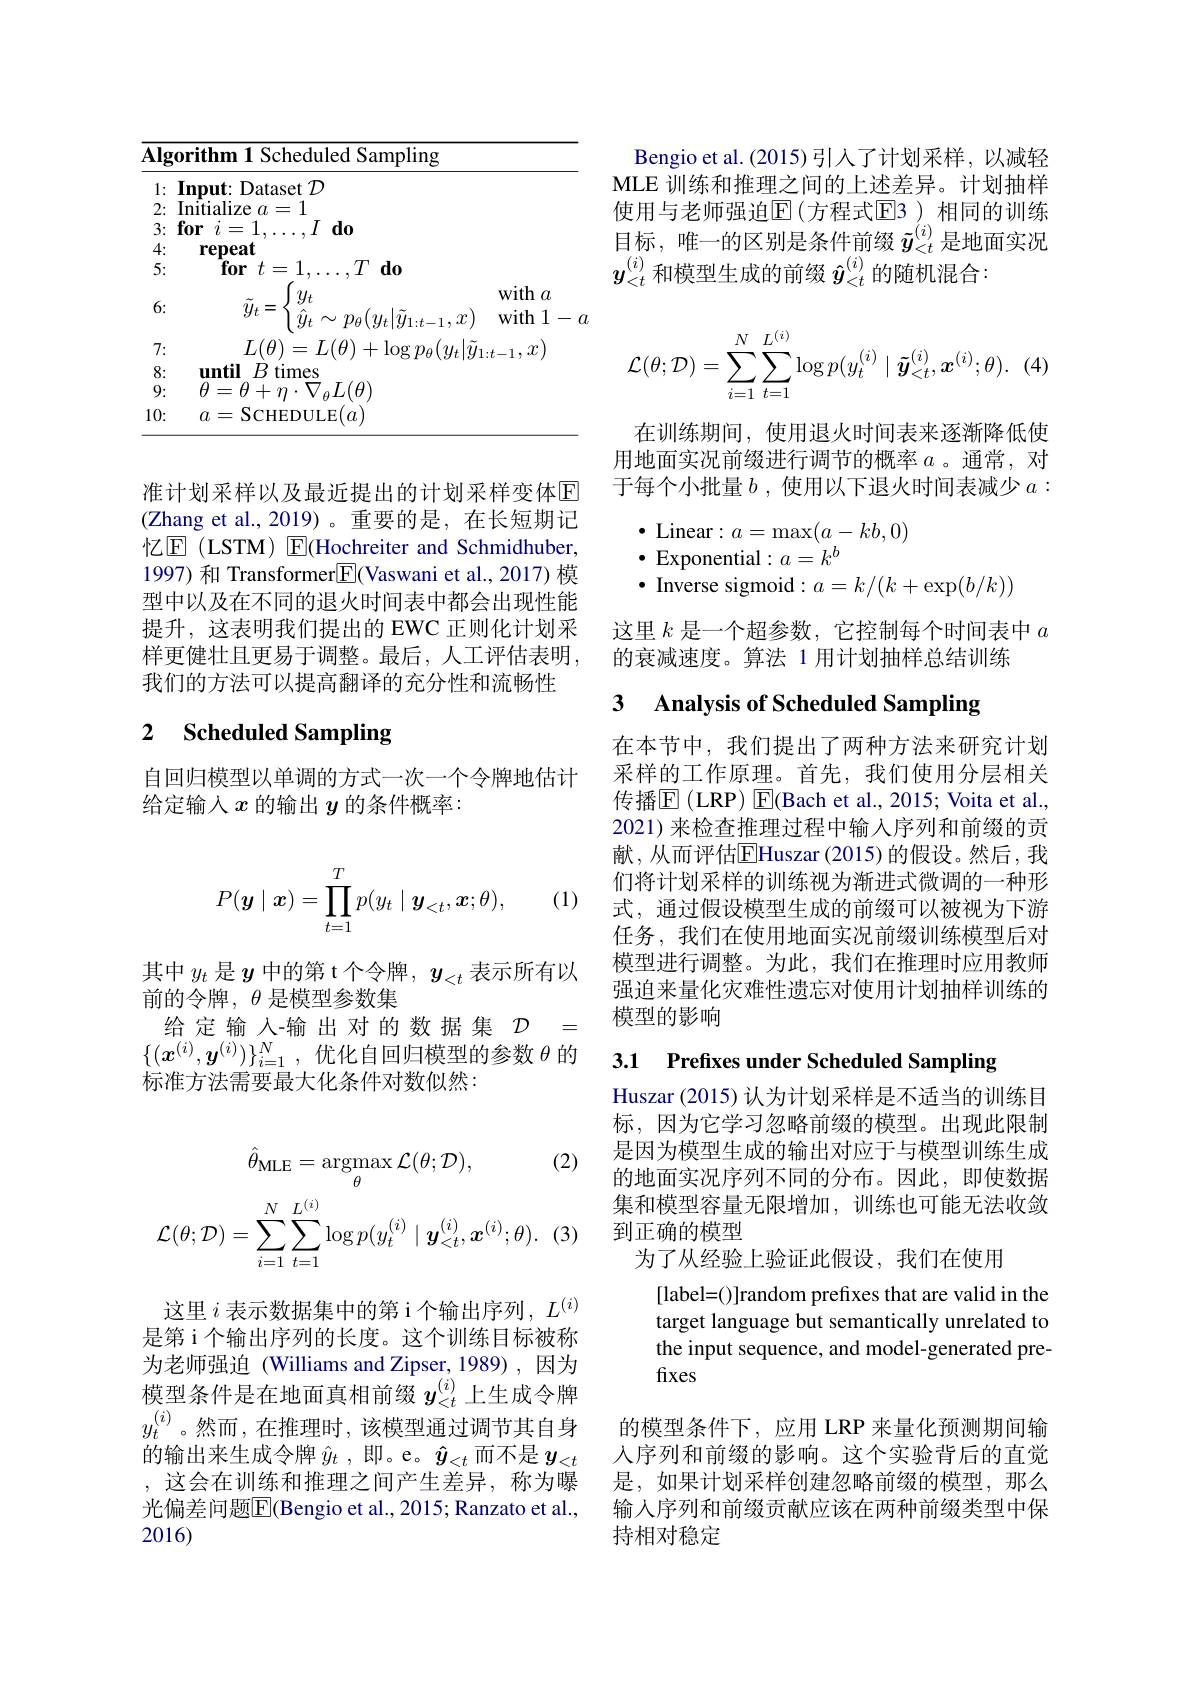
<table>
	<tbody>
		<tr>
			<th>$\overline{\mathbf{Alg}}$</th>
			<th>rithm 1 Scheduled Sampling</th>
		</tr>
		<tr>
			<td>1:</td>
			<td>$\mathbf{ut:Dataset}{\mathcal{D}}$</td>
		</tr>
		<tr>
			<td>2:</td>
			<td>itialize 1 11 =</td>
		</tr>
		<tr>
			<td>3:</td>
			<td>1 $d_0$ $0\mathbf{r}$ $\eta$</td>
		</tr>
		<tr>
			<td>4:</td>
			<td>repeat</td>
		</tr>
		<tr>
			<td>5:</td>
			<td>$\mathbf{for}$ $t= 1$, </td>
		</tr>
		<tr>
			<td>6:</td>
			<td>$y_{t}$ with $a$ $\tilde{y}_{t}=$ $\sim$ $p_{\rho }( u_{t}| \tilde{u} _{1\cdot t- }$ $1.7^2$ $with1$</td>
		</tr>
		<tr>
			<td>7:</td>
			<td>$L(\theta)=L(\theta)+\log p_{\theta}(y_{t}|\tilde{y}_{1}$ </td>
		</tr>
		<tr>
			<td>8:</td>
			<td>$H$ times </td>
		</tr>
		<tr>
			<td>9:</td>
			<td>$\theta$ = $\theta+$ ${'}_{\theta}L(\theta$ $\textbf{1}f$</td>
		</tr>
		<tr>
			<td>10:</td>
			<td>$a=$SCHEDULE 11</td>
		</tr>
	</tbody>
</table>

准计划采样以及最近提出的计划采样变体$\mathbb{E}$ (Zhang et al.,2019)。重要的是，在长短期记忆$\boxed{\mathrm{E}}$ (LSTM) E(Hochreiter and Schmidhuber, 1997) 和 Transformer$\boxed{\mathrm{F}}($Vaswani et al., 2017) 模型中以及在不同的退火时间表中都会出现性能提升，这表明我们提出的 EWC 正则化计划采样更健壮且更易于调整。最后，人工评估表明， 我们的方法可以提高翻译的充分性和流畅性

## 2 Scheduled Sampling

自回归模型以单调的方式一次一个令牌地估计
给定输入$x$的输出$y$的条件概率：
$$P(\boldsymbol{y}\mid\boldsymbol{x})=\prod_{t=1}^Tp(y_t\mid\boldsymbol{y}_{<t},\boldsymbol{x};\theta),$$
(1)

其中$y_t$是$y$中的第 t 个令牌，$y_{<t}$表示所有以
前的令牌，$\theta$是模型参数集
给定输入-输出对的数据集$D=$ $\{(\boldsymbol{x}^{(i)},\boldsymbol{y}^{(i)})\}_{i=1}^N$,优化自回归模型的参数$\theta$的标准方法需要最大化条件对数似然：

(2)
$$\hat{\theta}_{\mathrm{MLE}}=\operatorname*{argmax}_{\theta}\mathcal{L}(\theta;\mathcal{D}),\\\mathcal{L}(\theta;\mathcal{D})=\sum_{i=1}^{N}\sum_{t=1}^{L^{(i)}}\log p(y_{t}^{(i)}\mid\boldsymbol{y}_{<t}^{(i)},\boldsymbol{x}^{(i)};\theta).$$
这里$i$表示数据集中的第 i 个输出序列$,L^{(i)}$

是第 i 个输出序列的长度。这个训练目标被称为老师强迫 (Williams and Zipser, 1989),因为模型条件是在地面真相前缀$y_{<t}^{(i)}$上生成令牌$y_t^{(i)}$。然而，在推理时，该模型通过调节其自身的输出来生成令牌$\hat{y}_t$,即。e。$\hat{y}_<t$而不是$y_<t$ ,这会在训练和推理之间产生差异，称为曝光偏差问题$\overline{\mathrm{E}}($Bengio et al., 2015; Ranzato et al., 2016)

Bengio et al. (2015)引人了计划采样，以减轻MLE 训练和推理之间的上述差异。计划抽样使用与老师强迫$\operatorname{E}($方程式$\operatorname{E}$3 )相同的训练目标，唯一的区别是条件前缀$\tilde{y}_{<t}^{(i)}$是地面实况$y_{<t}^{(i)}$和模型生成的前缀$\hat{\boldsymbol{y}}_{<t}^{(i)}$的随机混合：
$$\mathcal{L}(\theta;\mathcal{D})=\sum_{i=1}^N\sum_{t=1}^{L^{(i)}}\log p(y_t^{(i)}\mid\tilde{\boldsymbol{y}}_{<t}^{(i)},\boldsymbol{x}^{(i)};\theta).$$
在训练期间，使用退火时间表来逐渐降低使用地面实况前缀进行调节的概率$a$ 。通常，对于每个小批量$b$ , 使用以下退火时间表减少$a:$

$\begin{array}{l}\bullet&\text{Linear}:a=\max(a-kb,0)\\\bullet&\text{Exponential}:a=k^b\end{array}$
$\bullet$ Inverse sigmoid$:a=k/(k+\exp(b/k))$

这里$k$是一个超参数，它控制每个时间表中$a$
的衰减速度。算法 1 用计划抽样总结训练

### 3 $\textbf{Analysis of Scheduled Sampling}$

在本节中，我们提出了两种方法来研究计划采样的工作原理。首先，我们使用分层相关传播$\mathbb{E}$ (LRP) $\mathbb{E}$(Bach et al., 2015; Voita et al. 2021) 来检查推理过程中输入序列和前缀的贡献，从而评估$\overline{\mathrm{E}}$Huszar(2015)的假设。然后，我们将计划采样的训练视为渐进式微调的一种形式，通过假设模型生成的前缀可以被视为下游任务，我们在使用地面实况前缀训练模型后对模型进行调整。为此，我们在推理时应用教师强迫来量化灾难性遗忘对使用计划抽样训练的模型的影响

3.1 Prefixes under Scheduled Sampling

Huszar (2015) 认为计划采样是不适当的训练目标，因为它学习忽略前缀的模型。出现此限制是因为模型生成的输出对应于与模型训练生成的地面实况序列不同的分布。因此，即使数据集和模型容量无限增加，训练也可能无法收敛到正确的模型
为了从经验上验证此假设，我们在使用

[label=()]random prefixes that are valid in the target language but semantically unrelated to the input sequence, and model-generated prefixes

的模型条件下，应用 LRP 来量化预测期间输人序列和前缀的影响。这个实验背后的直觉是，如果计划采样创建忽略前缀的模型，那么输入序列和前缀贡献应该在两种前缀类型中保持相对稳定